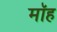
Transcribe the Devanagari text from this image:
मॉह